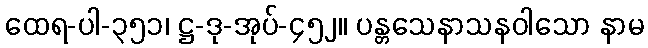
ထေရ-ပါ-၃၅၁၊ ဋ္ဌ-ဒု-အုပ်-၄၅၂။ ပန္တသေနာသနဝါသော နာမ